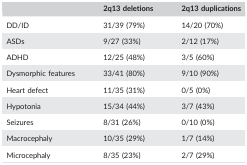
<table><thead><tr><td></td><td><b>2q13 deletions</b></td><td><b>2q13 duplications</b></td></tr></thead><tbody><tr><td>DD/ID</td><td>31/39 (79%)</td><td>14/20 (70%)</td></tr><tr><td>ASDs</td><td>9/27 (33%)</td><td>2/12 (17%)</td></tr><tr><td>ADHD</td><td>12/25 (48%)</td><td>3/5 (60%)</td></tr><tr><td>Dysmorphic features</td><td>33/41 (80%)</td><td>9/10 (90%)</td></tr><tr><td>Heart defect</td><td>11/35 (31%)</td><td>0/5 (0%)</td></tr><tr><td>Hypotonia</td><td>15/34 (44%)</td><td>3/7 (43%)</td></tr><tr><td>Seizures</td><td>8/31 (26%)</td><td>0/10 (0%)</td></tr><tr><td>Macrocephaly</td><td>10/35 (29%)</td><td>1/7 (14%)</td></tr><tr><td>Microcephaly</td><td>8/35 (23%)</td><td>2/7 (29%)</td></tr></tbody></table>